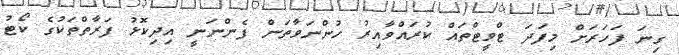
ގިނަ ފަހަރަށް މިފަދަ ޓްވީޓްތައް ކުރައްވާއިރު ހުންނަވާތަން ފެންނަނީ އިދިކޮޅު ފަރާތްތަކުގެ ކޯޓު